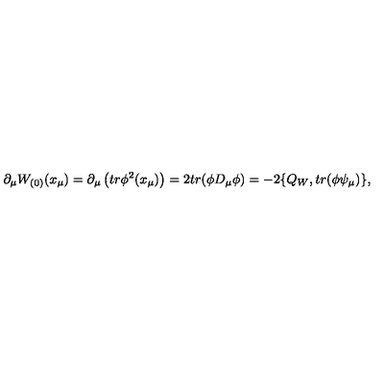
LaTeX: \partial _ { \mu } W _ { ( 0 ) } ( x _ { \mu } ) = \partial _ { \mu } \left( t r \phi ^ { 2 } ( x _ { \mu } ) \right) = 2 t r ( \phi D _ { \mu } \phi ) = - 2 \{ Q _ { W } , t r ( \phi \psi _ { \mu } ) \} ,